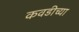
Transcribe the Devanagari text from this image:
कवडीच्या